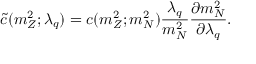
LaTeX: \tilde { c } ( m _ { Z } ^ { 2 } ; \lambda _ { q } ) = c ( m _ { Z } ^ { 2 } ; m _ { N } ^ { 2 } ) \frac { \lambda _ { q } } { m _ { N } ^ { 2 } } \frac { \partial m _ { N } ^ { 2 } } { \partial \lambda _ { q } } .